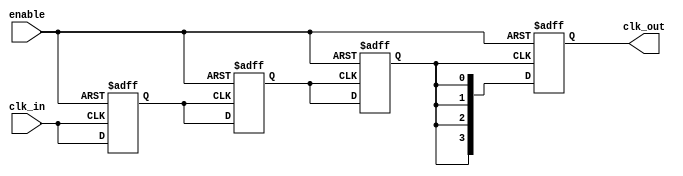
module LowPowerClockBuffer (
    input wire clk_in,              // Input clock signal
    input wire enable,              // Enable signal for the buffer
    output reg [3:0] clk_out        // Buffered clock outputs
);

    // Internal signals
    reg clk_stage1;                 // First stage output
    reg clk_stage2;                 // Second stage output
    reg clk_stage3;                 // Third stage output

    // Multi-stage buffering
    always @(posedge clk_in or negedge enable) begin
        if (!enable) begin
            clk_stage1 <= 1'b0;     // Disable buffer when enable is low
        end else begin
            clk_stage1 <= clk_in;   // Stage 1 buffer
        end
    end

    always @(posedge clk_stage1 or negedge enable) begin
        if (!enable) begin
            clk_stage2 <= 1'b0;     // Disable buffer when enable is low
        end else begin
            clk_stage2 <= clk_stage1; // Stage 2 buffer
        end
    end

    always @(posedge clk_stage2 or negedge enable) begin
        if (!enable) begin
            clk_stage3 <= 1'b0;     // Disable buffer when enable is low
        end else begin
            clk_stage3 <= clk_stage2; // Stage 3 buffer
        end
    end

    // Output assignment
    always @(posedge clk_stage3 or negedge enable) begin
        if (!enable) begin
            clk_out <= 4'b0000;      // Disable outputs when enable is low
        end else begin
            clk_out <= {clk_stage3, clk_stage3, clk_stage3, clk_stage3}; // Drive all outputs with the last stage
        end
    end

endmodule